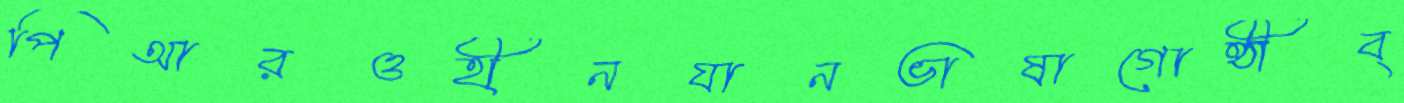
পিআরওহীনযানভাষাগোষ্ঠীব্